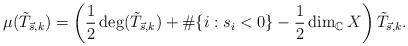
LaTeX: \begin{align*}\mu(\tilde{T}_{\vec s,k})=\left(\frac 12 \deg(\tilde{T}_{\vec s,k})+\#\{i:s_i<0\}-\frac 12 \dim_{\mathbb C}X\right)\tilde{T}_{\vec s,k}.\end{align*}